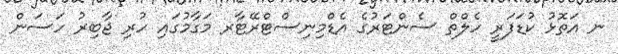
ނ އަތޮޅު ކުޑަފަރީ ހެލްތް ސެންޓަރުގެ އެޑްމިނިސްޓްރޭޓާރ މަގާމުގައި ހުރި ޖާބިރު ހަސަން